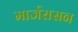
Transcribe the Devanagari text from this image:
मार्जरासन